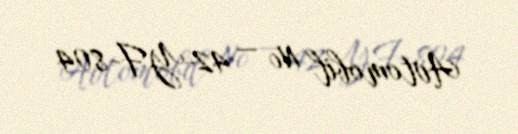
Avtomobil № — 42-YF-804